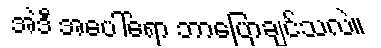
အဲဒီ အပေါ်ရော ဘာပြောချင်သလဲ။